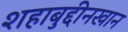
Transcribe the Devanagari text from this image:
शहाबुद्दीनखान